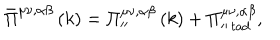
\bar { \Pi } ^ { \mu \nu , \alpha \beta } \left( k \right) = \Pi _ { \prime \prime } ^ { \mu \nu , \alpha \beta } \left( k \right) + \Pi _ { \prime \prime \, t a d } ^ { \mu \nu , \alpha \beta } ,